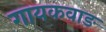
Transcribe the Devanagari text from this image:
गायकवाङ